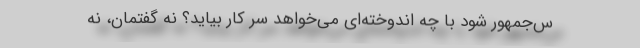
س‌جمهور شود با چه اندوخته‌ای می‌خواهد سر کار بیاید؟ نه گفتمان، نه